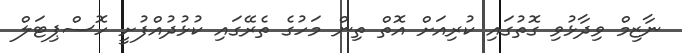
ނާޒިމް ވިދާޅުވި ގޮތުގައި ކުރިއަށް އޮތް ތިން މަހުގެ ތެރޭގައި ކުޅުދުއްފުށީ ހޮސްޕިޓަލް